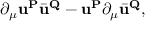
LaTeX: \partial _ { \mu } { \mathbf { u } } ^ { \mathbf { P } } \bar { \mathbf { u } } ^ { \mathbf { Q } } - { \mathbf { u } } ^ { \mathbf { P } } \partial _ { \mu } \bar { \mathbf { u } } ^ { \mathbf { Q } } ,